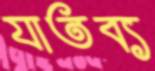
যাতব্য